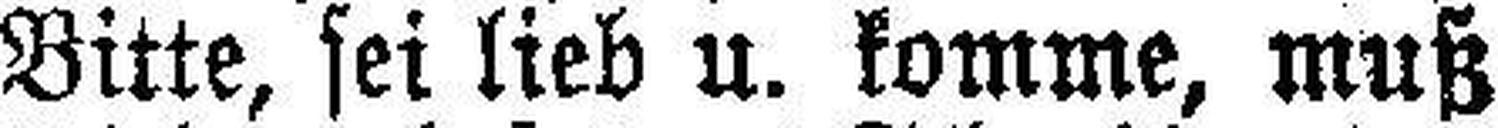
Bitte, sei lieb u. komme, muß